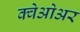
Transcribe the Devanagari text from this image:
क्वेओअर